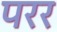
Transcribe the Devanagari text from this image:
परर